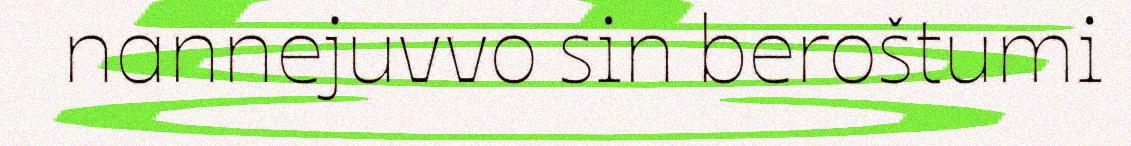
nannejuvvo sin beroštumi